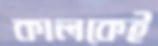
কালকেই